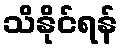
သိနိုင်ရန်